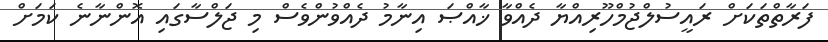
ފަރާތްތަކަށް ރައީސުލްޖުމްހޫރިއްޔާ ދެއްވާ ޚާއްޞަ އިނާމު ދެއްވުންވެސް މި ޖަލްސާގައި އޮންނާނެ ކަމަށް